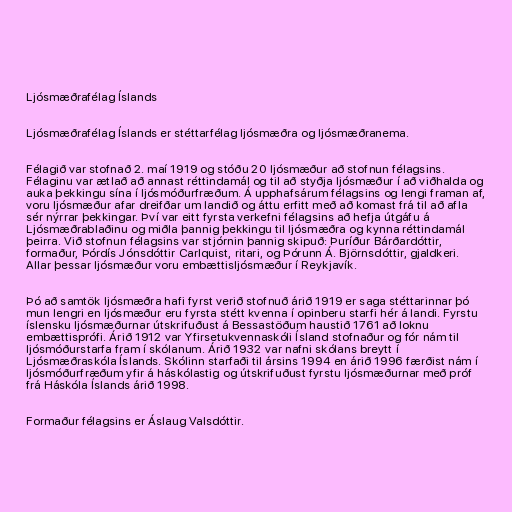
Ljósmæðrafélag Íslands

Ljósmæðrafélag Íslands er stéttarfélag ljósmæðra og ljósmæðranema.

Félagið var stofnað 2. maí 1919 og stóðu 20 ljósmæður að stofnun félagsins.
Félaginu var ætlað að annast réttindamál og til að styðja ljósmæður í að viðhalda og
auka þekkingu sína í ljósmóðurfræðum. Á upphafsárum félagsins og lengi framan af,
voru ljósmæður afar dreifðar um landið og áttu erfitt með að komast frá til að afla
sér nýrrar þekkingar. Því var eitt fyrsta verkefni félagsins að hefja útgáfu á
Ljósmæðrablaðinu og miðla þannig þekkingu til ljósmæðra og kynna réttindamál
þeirra. Við stofnun félagsins var stjórnin þannig skipuð: Þuríður Bárðardóttir,
formaður, Þórdís Jónsdóttir Carlquist, ritari, og Þórunn Á. Björnsdóttir, gjaldkeri.
Allar þessar ljósmæður voru embættisljósmæður í Reykjavík.

Þó að samtök ljósmæðra hafi fyrst verið stofnuð árið 1919 er saga stéttarinnar þó
mun lengri en ljósmæður eru fyrsta stétt kvenna í opinberu starfi hér á landi. Fyrstu
íslensku ljósmæðurnar útskrifuðust á Bessastöðum haustið 1761 að loknu
embættisprófi. Árið 1912 var Yfirsetukvennaskóli Ísland stofnaður og fór nám til
ljósmóðurstarfa fram í skólanum. Árið 1932 var nafni skólans breytt í
Ljósmæðraskóla Íslands. Skólinn starfaði til ársins 1994 en árið 1996 færðist nám í
ljósmóðurfræðum yfir á háskólastig og útskrifuðust fyrstu ljósmæðurnar með próf
frá Háskóla Íslands árið 1998.

Formaður félagsins er Áslaug Valsdóttir.